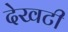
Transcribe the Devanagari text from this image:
देखटी